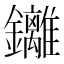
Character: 𮣮